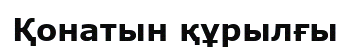
Қонатын құрылғы